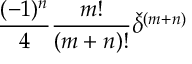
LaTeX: \frac { ( - 1 ) ^ { n } } { 4 } \frac { m ! } { ( m + n ) ! } { \check { \delta } } ^ { ( m + n ) }